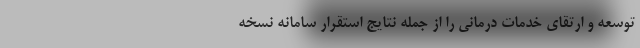
توسعه و ارتقای خدمات درمانی را از جمله نتایج استقرار سامانه نسخه